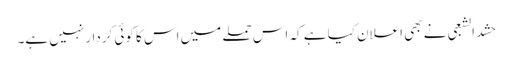
حشد الشعبی نے بھی اعلان کیا ہے کہ اس حملے میں اس کا کوئی کردار نہیں ہے۔